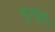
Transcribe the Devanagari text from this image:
पुन्थूलू